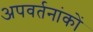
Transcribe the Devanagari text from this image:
अपवर्तनांकों